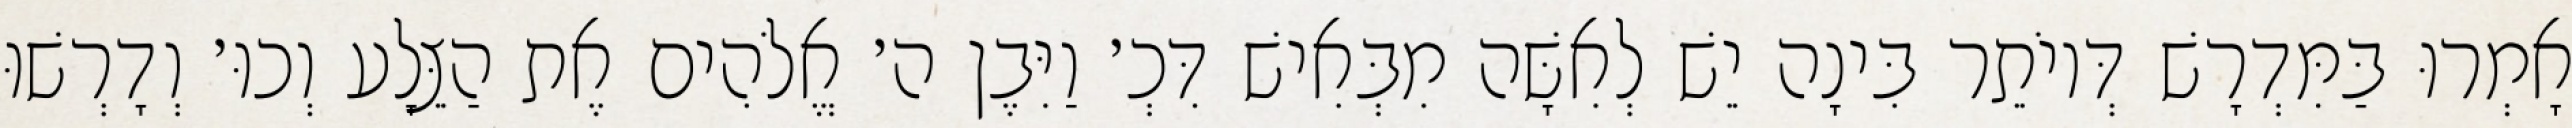
אָמְרוּ בַּמִּדְרָשׁ דְּיוֹתֵר בִּינָה יֵשׁ לְאִשָּׁה מִבְּאִישׁ דִּכְ׳ וַיִּבֶן ה׳ אֱלֹהִים אֶת הַצֵּלָע וְכוּ׳ וְדָרְשׁוּ